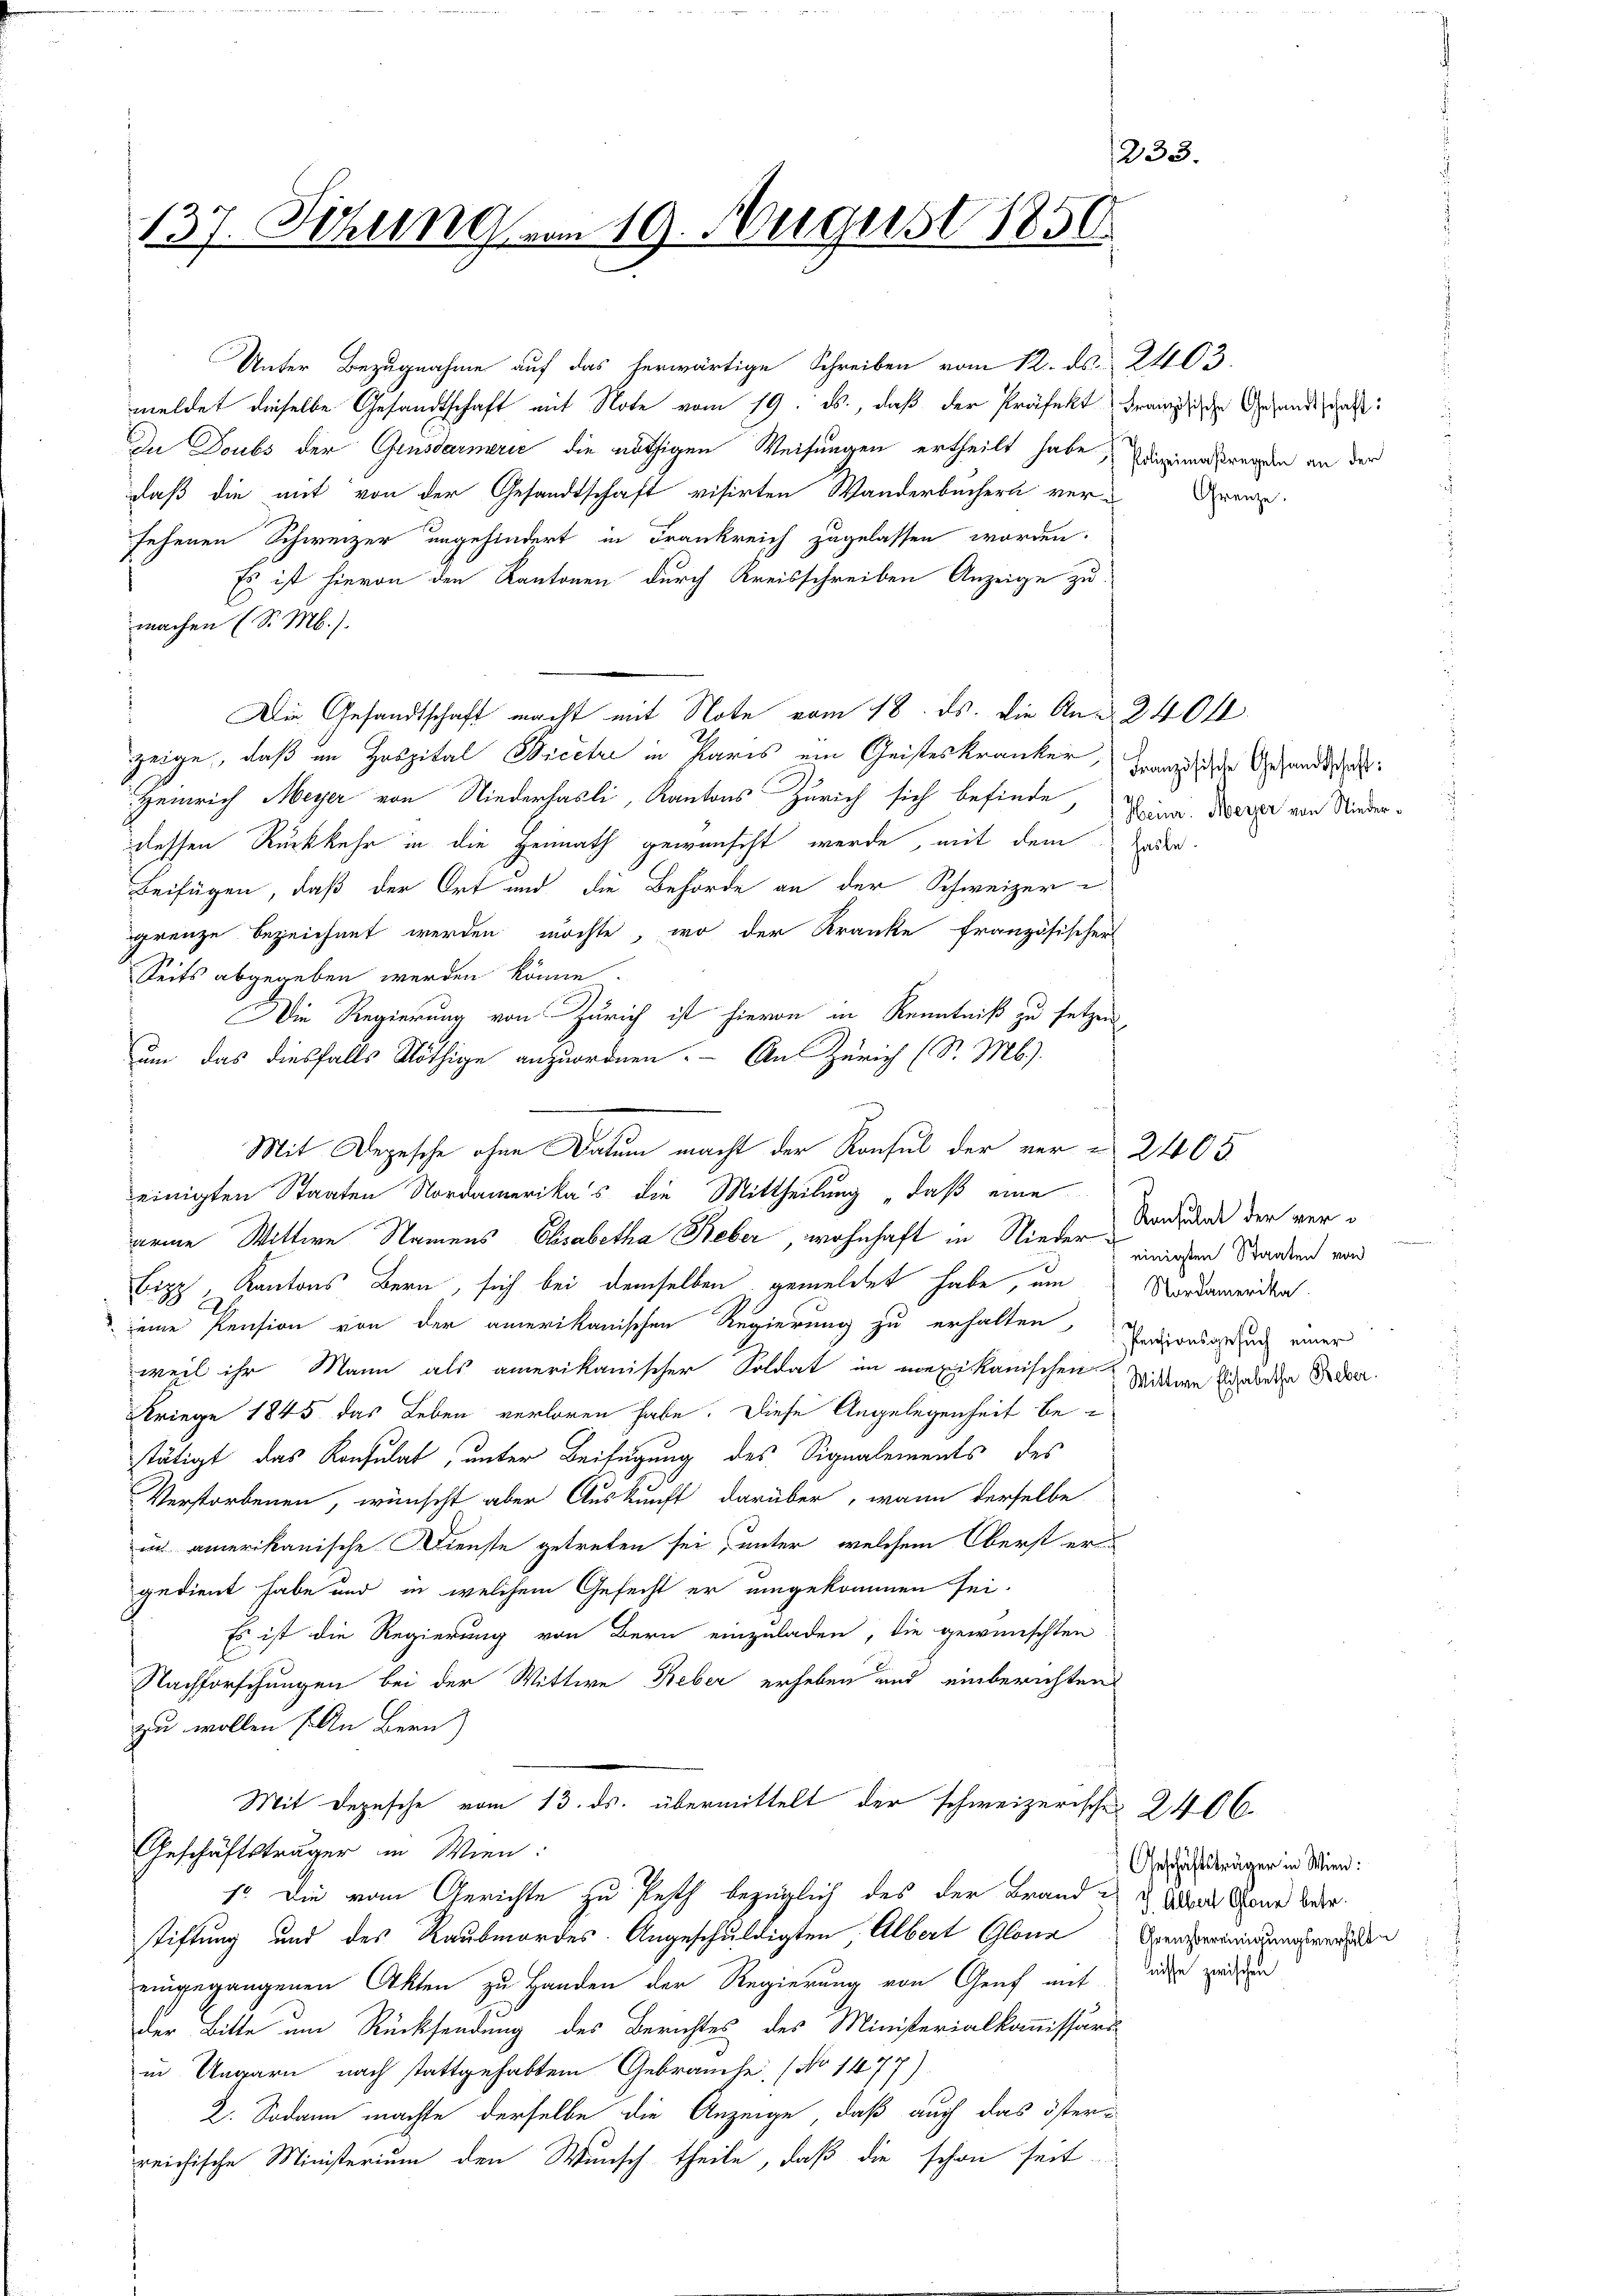
233.
137. Sitzung vom 19. August 1850

meldet dieselbe Gesandtschaft mit Note vom 19. ds., daß der Präfekt französische Gesandtschafft:
In Doubs der Gensdarmerie die nöthigen Weisungen ertheilt habe, digmassregen an der
daß die mit von der Gesandtschaft visirten Wanderbüchern ver-
sehenen Schweizer ungehindert in Frankreich zugelassen worden.
Es ist hievon den Kantonen durch Kreisschreiben Anzeige zu
machen (S. M.).
f
Die Gesandtschaft macht mit Note vom 18. ds. die An- 340 fl
zeige, daß im Hospital Secetze in Paris ein Geisteskranker, Franz die Gesandtschaft:
Heinrich Meyer von Niederhasli, Kantons Zürich sich befinde
dessen Rückkehr in die Heimath gewünscht werde, mit dem oder
Beifügen, daß der Ort und die Behörde an der Schweizer
grenze bezeichnet werden möchte, wo der Kranke französischer
Seits abgegeben werden könne.
Die Regierung von Zürich ist hievon in Kenntniß zu setzen,
um das diesfalls Nöthige anzuordnen. An Zürich (S. M.).
einigten Staaten Nordamerika's die Mittheilung „daß eine
arme Wittwe Namens Elisabetha Beber, wohnhaft in Nieder¬
Bipp, Kantons Bern, sich bei demselben gemeldet habe, um
eine Pension von der amerikanischen Regierung zu erhalten Endionsgrund einer
weil ihr Mann als amerikanischer Soldat im mexikanischen Sittenen Schneten Febr.
Kriege 1845 das Leben verloren habe. Diese Angelegenheit bestätigt das Konsulat, unter Beifügung des Signalements des
Verstorbenen, wünscht aber Auskunft darüber, wann derselbe
un amerikanische Dienste getreten sei, unter welchem Oberst er
gedient habe und in welchem Gefecht er umgekommen sei.
Es ist die Regierung von Bern einzuladen, die gewünschten
Nachforschungen bei der Wittwe Reber erheben und einberichten
zu wollen (An Bern)
Mit Depesche vom 13. ds. übermittelt der schweizerische 2406.
Geschäftsträger in Wien:
1o. Die vom Gerichte zu festh bezüglich des der Brand Adres Baur betr.
stiftung und des Raubmordes Angeschuldigten, Albert Glanz Venedigungswerden
eingegangenen Akten zu Handen der Regierung von Genf mit
der Bitte um Rücksendung des Berichtes des Ministerialkommissärs
in Ungarn nach stattgehabtem Gebrauche, (No 1477).
2. Sodann machte derselbe die Anzeige, daß auch das österreichische Ministerium den Wunsch theile, daß die schon seit

Unter Bezugnahme auf das herwärtige Schreiben vom 12. ds. 2403.

Mit Depesche ohne Datum macht der Konsul der vorn 2405

Grenze.

Heinr. Meyer von Nieder¬

Konsulat der vereinigten Staaten von
Nordamerika.

Geschäftsträger in Wien:
nisse zwischen